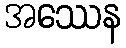
အဿေန